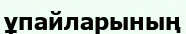
ұпайларының